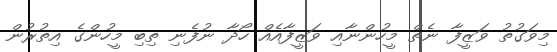
މިވަގުތު ވަޒީފާ ނެތް މީހުންނާއި ވަޒީފާއެއް ހޯދާ ނުފެނި ތިބި މީހުންގެ އިތުރުން